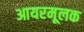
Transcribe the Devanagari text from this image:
आयरमूलक